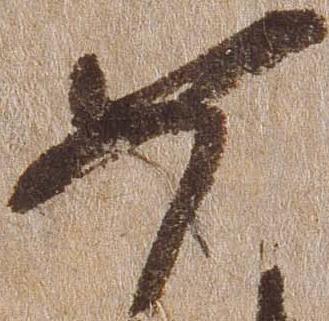
如